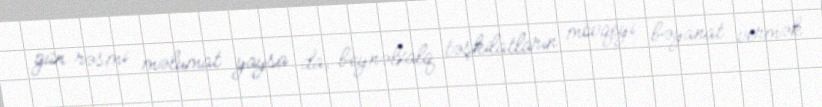
gün rəsmi məlumat yaysa da, beynəlxalq təşkilatların mövqeyi bəyanat vermək